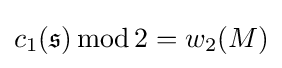
c_{1}({\mathfrak {s}})\operatorname {mod} 2=w_{2}(M)